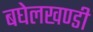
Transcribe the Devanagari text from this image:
बघेलखण्डी